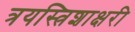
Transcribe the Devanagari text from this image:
त्रयस्त्रिशाक्षरी